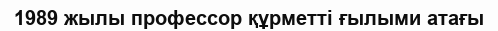
1989 жылы профессор құрметті ғылыми атағы